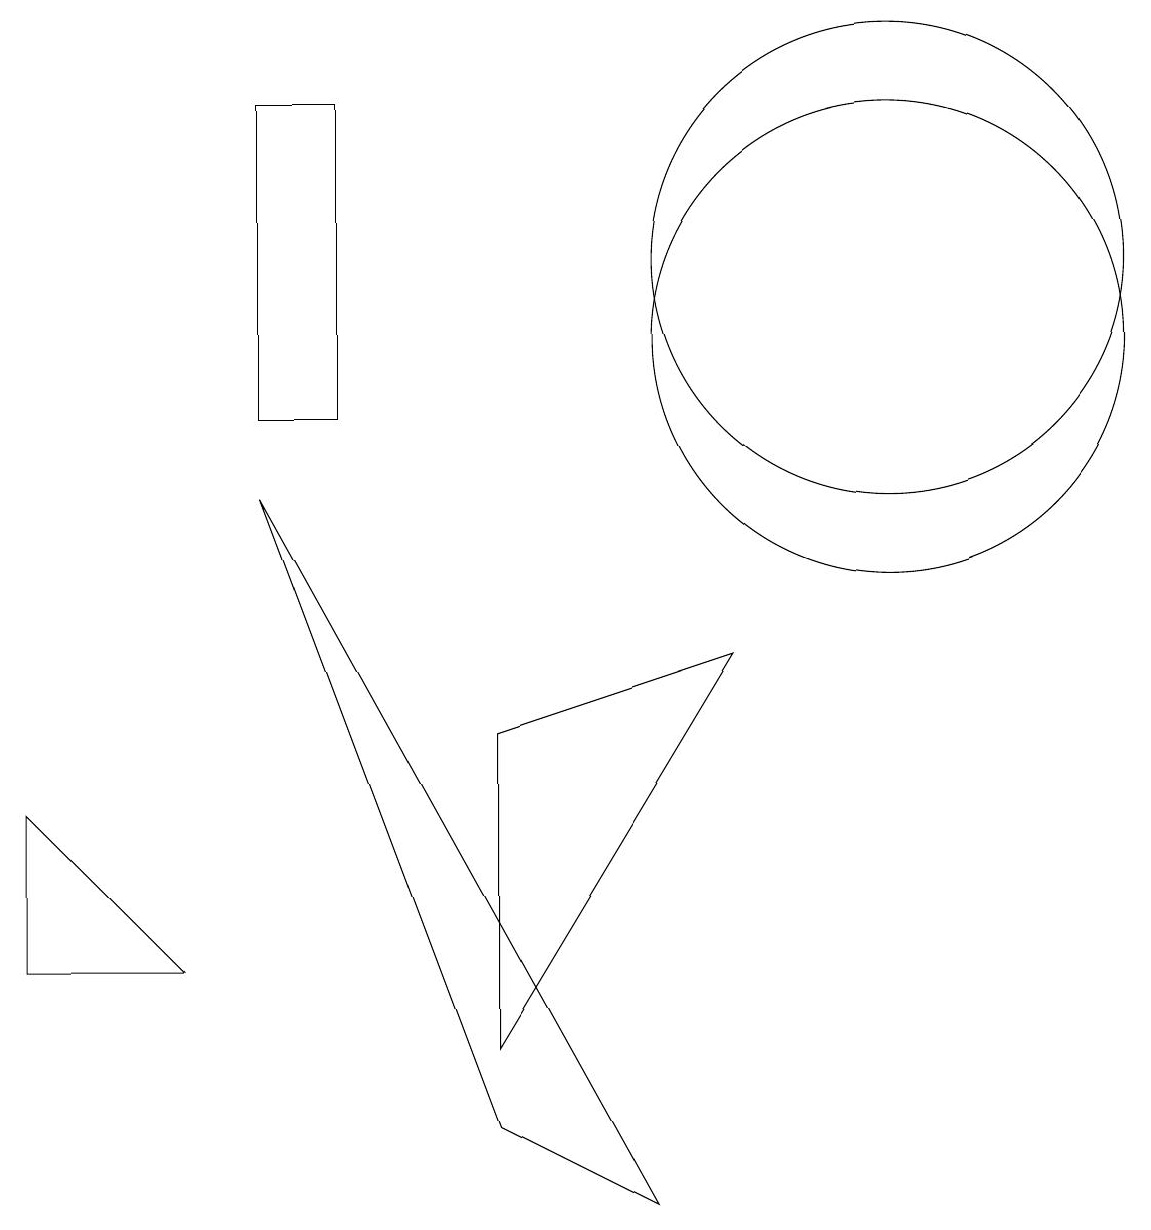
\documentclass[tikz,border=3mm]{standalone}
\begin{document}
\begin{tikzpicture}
\draw (0,3) -- (0,5) -- (2,3) -- cycle;
\draw (6,6) -- (6,2) -- (9,7) -- cycle;
\draw (11,12) circle (3);
\draw (3,9) -- (6,1) -- (8,0) -- cycle;
\draw (11,11) circle (3);
\draw (3,10) rectangle (4,14);
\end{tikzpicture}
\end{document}